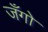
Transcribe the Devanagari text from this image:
जँगो